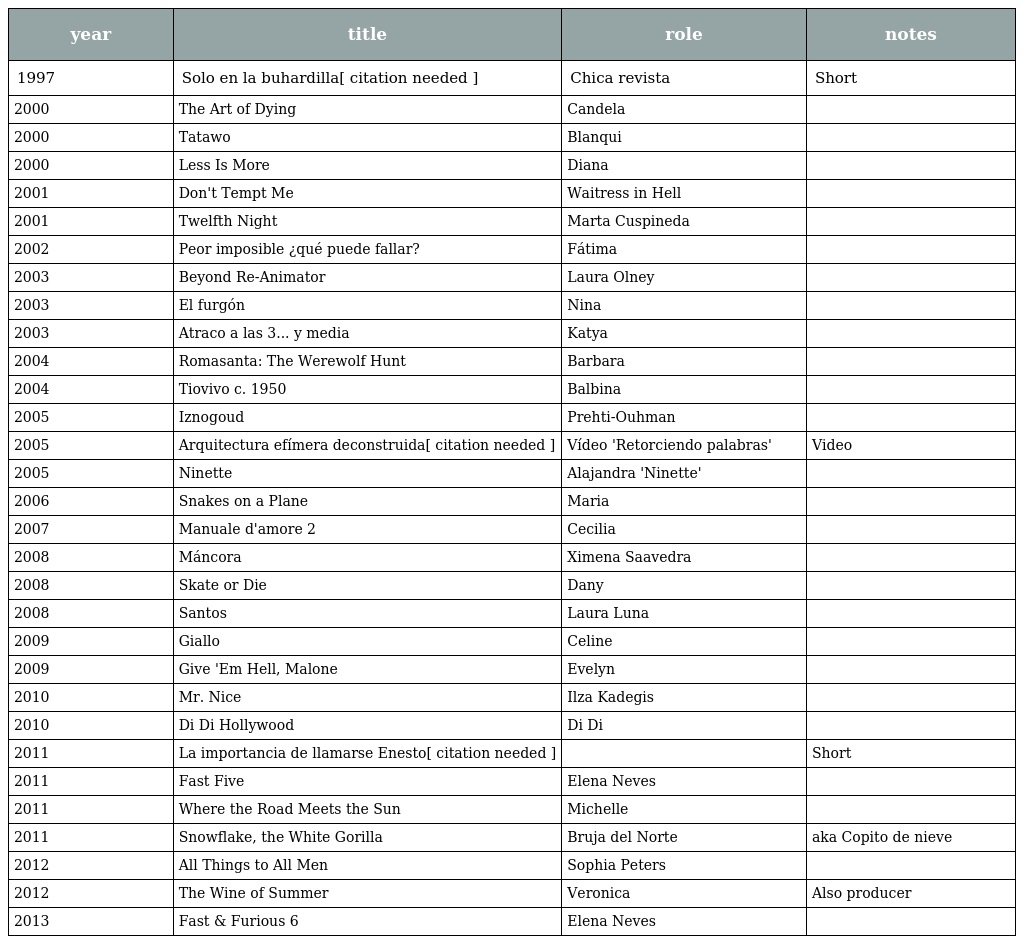
| year | title | role | notes |
 | --- | --- | --- | --- |
 | 1997 | Solo en la buhardilla[ citation needed ] | Chica revista | Short |
 | 2000 | The Art of Dying | Candela |  |
 | 2000 | Tatawo | Blanqui |  |
 | 2000 | Less Is More | Diana |  |
 | 2001 | Don't Tempt Me | Waitress in Hell |  |
 | 2001 | Twelfth Night | Marta Cuspineda |  |
 | 2002 | Peor imposible ¿qué puede fallar? | Fátima |  |
 | 2003 | Beyond Re-Animator | Laura Olney |  |
 | 2003 | El furgón | Nina |  |
 | 2003 | Atraco a las 3... y media | Katya |  |
 | 2004 | Romasanta: The Werewolf Hunt | Barbara |  |
 | 2004 | Tiovivo c. 1950 | Balbina |  |
 | 2005 | Iznogoud | Prehti-Ouhman |  |
 | 2005 | Arquitectura efímera deconstruida[ citation needed ] | Vídeo 'Retorciendo palabras' | Video |
 | 2005 | Ninette | Alajandra 'Ninette' |  |
 | 2006 | Snakes on a Plane | Maria |  |
 | 2007 | Manuale d'amore 2 | Cecilia |  |
 | 2008 | Máncora | Ximena Saavedra |  |
 | 2008 | Skate or Die | Dany |  |
 | 2008 | Santos | Laura Luna |  |
 | 2009 | Giallo | Celine |  |
 | 2009 | Give 'Em Hell, Malone | Evelyn |  |
 | 2010 | Mr. Nice | Ilza Kadegis |  |
 | 2010 | Di Di Hollywood | Di Di |  |
 | 2011 | La importancia de llamarse Enesto[ citation needed ] |  | Short |
 | 2011 | Fast Five | Elena Neves |  |
 | 2011 | Where the Road Meets the Sun | Michelle |  |
 | 2011 | Snowflake, the White Gorilla | Bruja del Norte | aka Copito de nieve |
 | 2012 | All Things to All Men | Sophia Peters |  |
 | 2012 | The Wine of Summer | Veronica | Also producer |
 | 2013 | Fast & Furious 6 | Elena Neves |  |